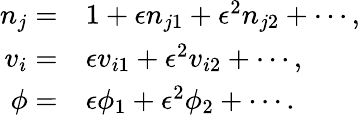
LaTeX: \begin{array}{rl}{n_{j}=}&{{}1+\epsilon n_{j1}+\epsilon^{2}n_{j2}+\cdots,}\\ {v_{i}=}&{{}\epsilon v_{i1}+\epsilon^{2}v_{i2}+\cdots,}\\ {\phi=}&{{}\epsilon\phi_{1}+\epsilon^{2}\phi_{2}+\cdots.}\end{array}